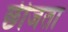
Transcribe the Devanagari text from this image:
छीजता